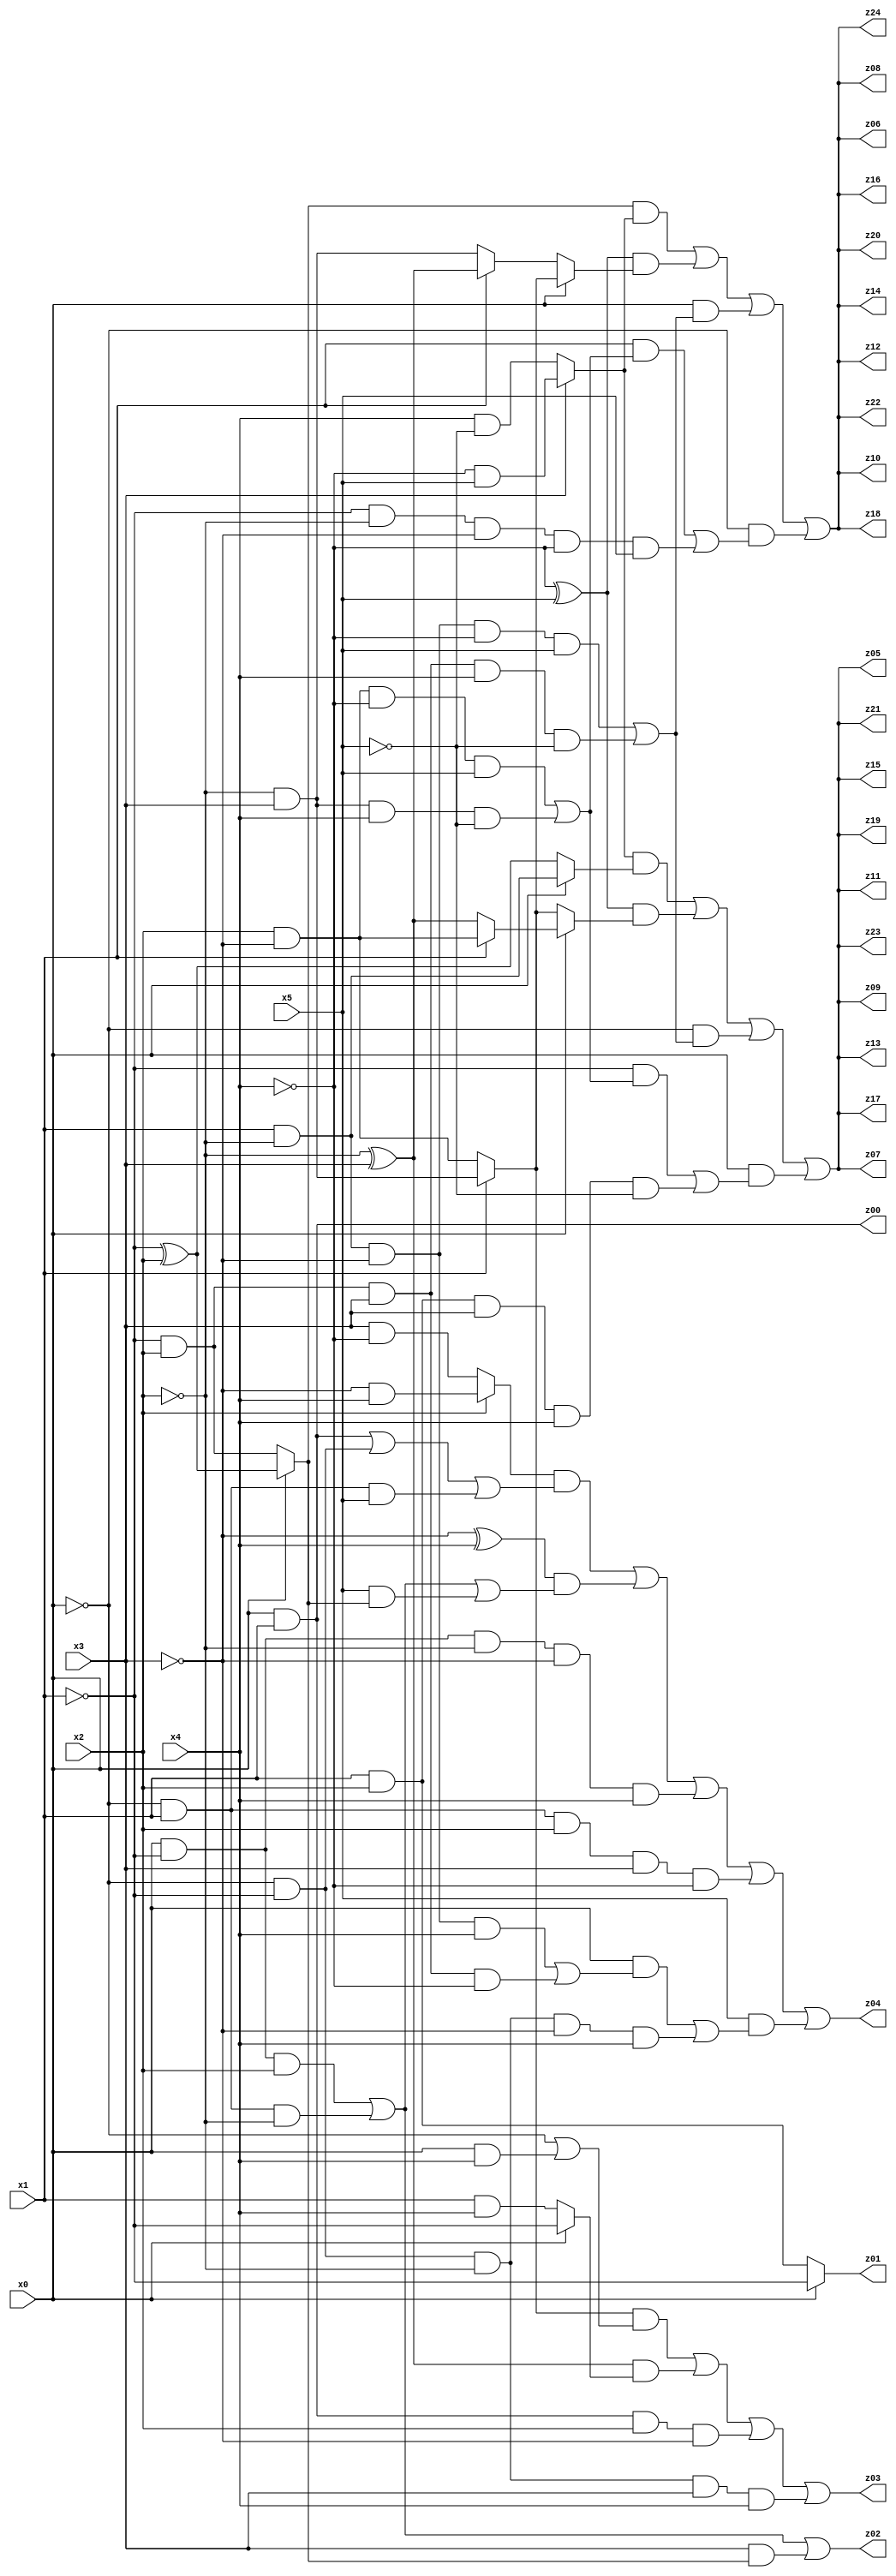
// Benchmark "q_4" written by ABC on Thu Jul 06 14:14:41 2023

module q_4 ( 
    x0, x1, x2, x3, x4, x5,
    z00, z01, z02, z03, z04, z05, z06, z07, z08, z09, z10, z11, z12, z13,
    z14, z15, z16, z17, z18, z19, z20, z21, z22, z23, z24  );
  input  x0, x1, x2, x3, x4, x5;
  output z00, z01, z02, z03, z04, z05, z06, z07, z08, z09, z10, z11, z12, z13,
    z14, z15, z16, z17, z18, z19, z20, z21, z22, z23, z24;
  assign z00 = x0 & x1;
  assign z01 = x0 ? ~x1 : (x1 & x2);
  assign z02 = (x0 & ~x1 & x2) | (~x0 & x1 & ~x2) | (x3 & (x0 ? (~x1 ^ x2) : (~x1 & x2)));
  assign z03 = ((x1 ? (~x2 & x3) : (x2 & ~x3)) & (~x0 | (x0 & x4))) | ((~x2 ^ x3) & (x0 ? ~x1 : (x1 & x4))) | (x0 & x1 & x2 & ~x3) | (~x0 & ~x1 & ~x2 & x3 & x4);
  assign z04 = ((x2 ? (~x3 & x4) : (x3 & ~x4)) & ((x0 & x1) | (~x0 & ~x1) | (~x0 & x1 & x5))) | ((~x3 ^ x4) & ((x0 & ~x1 & x2) | (~x0 & x1 & ~x2) | (x5 & (x0 ? (~x1 ^ x2) : (~x1 & x2))))) | (x0 & ~x1 & ~x2 & ~x3 & x4) | (~x0 & x1 & x2 & x3 & ~x4) | (x5 & ((x0 & ((x1 & ~x2 & ~x3 & x4) | (~x1 & x2 & x3 & ~x4))) | (~x0 & ~x1 & ~x2 & ~x3 & x4)));
  assign z05 = ((x3 ? (~x4 & x5) : (x4 & ~x5)) & (x0 ? (x1 & ~x2) : (~x1 ^ x2))) | ((~x4 ^ x5) & (x0 ? (x1 ? (x2 & ~x3) : (~x2 ^ x3)) : (x1 ? (~x2 & x3) : (x2 & ~x3)))) | (~x0 & ((x1 & ~x2 & ~x3 & ~x4 & x5) | (~x1 & x2 & x3 & x4 & ~x5))) | (x0 & ((~x1 & ((x2 & ~x3 & ~x4 & x5) | (~x2 & x3 & x4 & ~x5))) | (x1 & x2 & x3 & x4 & ~x5)));
  assign z06 = ((x0 ? (~x1 ^ x2) : (~x1 & x2)) & (x3 ? (~x4 & x5) : (x4 & ~x5))) | ((~x4 ^ x5) & (x0 ? (x1 ? (~x2 & x3) : (x2 & ~x3)) : (x1 ? (~x2 ^ x3) : (~x2 & x3)))) | (x0 & ((x1 & ~x2 & ~x3 & ~x4 & x5) | (~x1 & x2 & x3 & x4 & ~x5))) | (~x0 & ((x1 & ((x2 & ~x3 & ~x4 & x5) | (~x2 & x3 & x4 & ~x5))) | (~x1 & ~x2 & ~x3 & ~x4 & x5)));
  assign z07 = ((x3 ? (~x4 & x5) : (x4 & ~x5)) & (x0 ? (x1 & ~x2) : (~x1 ^ x2))) | ((~x4 ^ x5) & (x0 ? (x1 ? (x2 & ~x3) : (~x2 ^ x3)) : (x1 ? (~x2 & x3) : (x2 & ~x3)))) | (~x0 & ((x1 & ~x2 & ~x3 & ~x4 & x5) | (~x1 & x2 & x3 & x4 & ~x5))) | (x0 & ((~x1 & ((x2 & ~x3 & ~x4 & x5) | (~x2 & x3 & x4 & ~x5))) | (x1 & x2 & x3 & x4 & ~x5)));
  assign z08 = ((x0 ? (~x1 ^ x2) : (~x1 & x2)) & (x3 ? (~x4 & x5) : (x4 & ~x5))) | ((~x4 ^ x5) & (x0 ? (x1 ? (~x2 & x3) : (x2 & ~x3)) : (x1 ? (~x2 ^ x3) : (~x2 & x3)))) | (x0 & ((x1 & ~x2 & ~x3 & ~x4 & x5) | (~x1 & x2 & x3 & x4 & ~x5))) | (~x0 & ((x1 & ((x2 & ~x3 & ~x4 & x5) | (~x2 & x3 & x4 & ~x5))) | (~x1 & ~x2 & ~x3 & ~x4 & x5)));
  assign z09 = ((x3 ? (~x4 & x5) : (x4 & ~x5)) & (x0 ? (x1 & ~x2) : (~x1 ^ x2))) | ((~x4 ^ x5) & (x0 ? (x1 ? (x2 & ~x3) : (~x2 ^ x3)) : (x1 ? (~x2 & x3) : (x2 & ~x3)))) | (~x0 & ((x1 & ~x2 & ~x3 & ~x4 & x5) | (~x1 & x2 & x3 & x4 & ~x5))) | (x0 & ((~x1 & ((x2 & ~x3 & ~x4 & x5) | (~x2 & x3 & x4 & ~x5))) | (x1 & x2 & x3 & x4 & ~x5)));
  assign z10 = ((x0 ? (~x1 ^ x2) : (~x1 & x2)) & (x3 ? (~x4 & x5) : (x4 & ~x5))) | ((~x4 ^ x5) & (x0 ? (x1 ? (~x2 & x3) : (x2 & ~x3)) : (x1 ? (~x2 ^ x3) : (~x2 & x3)))) | (x0 & ((x1 & ~x2 & ~x3 & ~x4 & x5) | (~x1 & x2 & x3 & x4 & ~x5))) | (~x0 & ((x1 & ((x2 & ~x3 & ~x4 & x5) | (~x2 & x3 & x4 & ~x5))) | (~x1 & ~x2 & ~x3 & ~x4 & x5)));
  assign z11 = ((x3 ? (~x4 & x5) : (x4 & ~x5)) & (x0 ? (x1 & ~x2) : (~x1 ^ x2))) | ((~x4 ^ x5) & (x0 ? (x1 ? (x2 & ~x3) : (~x2 ^ x3)) : (x1 ? (~x2 & x3) : (x2 & ~x3)))) | (~x0 & ((x1 & ~x2 & ~x3 & ~x4 & x5) | (~x1 & x2 & x3 & x4 & ~x5))) | (x0 & ((~x1 & ((x2 & ~x3 & ~x4 & x5) | (~x2 & x3 & x4 & ~x5))) | (x1 & x2 & x3 & x4 & ~x5)));
  assign z12 = ((x0 ? (~x1 ^ x2) : (~x1 & x2)) & (x3 ? (~x4 & x5) : (x4 & ~x5))) | ((~x4 ^ x5) & (x0 ? (x1 ? (~x2 & x3) : (x2 & ~x3)) : (x1 ? (~x2 ^ x3) : (~x2 & x3)))) | (x0 & ((x1 & ~x2 & ~x3 & ~x4 & x5) | (~x1 & x2 & x3 & x4 & ~x5))) | (~x0 & ((x1 & ((x2 & ~x3 & ~x4 & x5) | (~x2 & x3 & x4 & ~x5))) | (~x1 & ~x2 & ~x3 & ~x4 & x5)));
  assign z13 = ((x3 ? (~x4 & x5) : (x4 & ~x5)) & (x0 ? (x1 & ~x2) : (~x1 ^ x2))) | ((~x4 ^ x5) & (x0 ? (x1 ? (x2 & ~x3) : (~x2 ^ x3)) : (x1 ? (~x2 & x3) : (x2 & ~x3)))) | (~x0 & ((x1 & ~x2 & ~x3 & ~x4 & x5) | (~x1 & x2 & x3 & x4 & ~x5))) | (x0 & ((~x1 & ((x2 & ~x3 & ~x4 & x5) | (~x2 & x3 & x4 & ~x5))) | (x1 & x2 & x3 & x4 & ~x5)));
  assign z14 = ((x0 ? (~x1 ^ x2) : (~x1 & x2)) & (x3 ? (~x4 & x5) : (x4 & ~x5))) | ((~x4 ^ x5) & (x0 ? (x1 ? (~x2 & x3) : (x2 & ~x3)) : (x1 ? (~x2 ^ x3) : (~x2 & x3)))) | (x0 & ((x1 & ~x2 & ~x3 & ~x4 & x5) | (~x1 & x2 & x3 & x4 & ~x5))) | (~x0 & ((x1 & ((x2 & ~x3 & ~x4 & x5) | (~x2 & x3 & x4 & ~x5))) | (~x1 & ~x2 & ~x3 & ~x4 & x5)));
  assign z15 = ((x3 ? (~x4 & x5) : (x4 & ~x5)) & (x0 ? (x1 & ~x2) : (~x1 ^ x2))) | ((~x4 ^ x5) & (x0 ? (x1 ? (x2 & ~x3) : (~x2 ^ x3)) : (x1 ? (~x2 & x3) : (x2 & ~x3)))) | (~x0 & ((x1 & ~x2 & ~x3 & ~x4 & x5) | (~x1 & x2 & x3 & x4 & ~x5))) | (x0 & ((~x1 & ((x2 & ~x3 & ~x4 & x5) | (~x2 & x3 & x4 & ~x5))) | (x1 & x2 & x3 & x4 & ~x5)));
  assign z16 = ((x0 ? (~x1 ^ x2) : (~x1 & x2)) & (x3 ? (~x4 & x5) : (x4 & ~x5))) | ((~x4 ^ x5) & (x0 ? (x1 ? (~x2 & x3) : (x2 & ~x3)) : (x1 ? (~x2 ^ x3) : (~x2 & x3)))) | (x0 & ((x1 & ~x2 & ~x3 & ~x4 & x5) | (~x1 & x2 & x3 & x4 & ~x5))) | (~x0 & ((x1 & ((x2 & ~x3 & ~x4 & x5) | (~x2 & x3 & x4 & ~x5))) | (~x1 & ~x2 & ~x3 & ~x4 & x5)));
  assign z17 = ((x3 ? (~x4 & x5) : (x4 & ~x5)) & (x0 ? (x1 & ~x2) : (~x1 ^ x2))) | ((~x4 ^ x5) & (x0 ? (x1 ? (x2 & ~x3) : (~x2 ^ x3)) : (x1 ? (~x2 & x3) : (x2 & ~x3)))) | (~x0 & ((x1 & ~x2 & ~x3 & ~x4 & x5) | (~x1 & x2 & x3 & x4 & ~x5))) | (x0 & ((~x1 & ((x2 & ~x3 & ~x4 & x5) | (~x2 & x3 & x4 & ~x5))) | (x1 & x2 & x3 & x4 & ~x5)));
  assign z18 = ((x0 ? (~x1 ^ x2) : (~x1 & x2)) & (x3 ? (~x4 & x5) : (x4 & ~x5))) | ((~x4 ^ x5) & (x0 ? (x1 ? (~x2 & x3) : (x2 & ~x3)) : (x1 ? (~x2 ^ x3) : (~x2 & x3)))) | (x0 & ((x1 & ~x2 & ~x3 & ~x4 & x5) | (~x1 & x2 & x3 & x4 & ~x5))) | (~x0 & ((x1 & ((x2 & ~x3 & ~x4 & x5) | (~x2 & x3 & x4 & ~x5))) | (~x1 & ~x2 & ~x3 & ~x4 & x5)));
  assign z19 = ((x3 ? (~x4 & x5) : (x4 & ~x5)) & (x0 ? (x1 & ~x2) : (~x1 ^ x2))) | ((~x4 ^ x5) & (x0 ? (x1 ? (x2 & ~x3) : (~x2 ^ x3)) : (x1 ? (~x2 & x3) : (x2 & ~x3)))) | (~x0 & ((x1 & ~x2 & ~x3 & ~x4 & x5) | (~x1 & x2 & x3 & x4 & ~x5))) | (x0 & ((~x1 & ((x2 & ~x3 & ~x4 & x5) | (~x2 & x3 & x4 & ~x5))) | (x1 & x2 & x3 & x4 & ~x5)));
  assign z20 = ((x0 ? (~x1 ^ x2) : (~x1 & x2)) & (x3 ? (~x4 & x5) : (x4 & ~x5))) | ((~x4 ^ x5) & (x0 ? (x1 ? (~x2 & x3) : (x2 & ~x3)) : (x1 ? (~x2 ^ x3) : (~x2 & x3)))) | (x0 & ((x1 & ~x2 & ~x3 & ~x4 & x5) | (~x1 & x2 & x3 & x4 & ~x5))) | (~x0 & ((x1 & ((x2 & ~x3 & ~x4 & x5) | (~x2 & x3 & x4 & ~x5))) | (~x1 & ~x2 & ~x3 & ~x4 & x5)));
  assign z21 = ((x3 ? (~x4 & x5) : (x4 & ~x5)) & (x0 ? (x1 & ~x2) : (~x1 ^ x2))) | ((~x4 ^ x5) & (x0 ? (x1 ? (x2 & ~x3) : (~x2 ^ x3)) : (x1 ? (~x2 & x3) : (x2 & ~x3)))) | (~x0 & ((x1 & ~x2 & ~x3 & ~x4 & x5) | (~x1 & x2 & x3 & x4 & ~x5))) | (x0 & ((~x1 & ((x2 & ~x3 & ~x4 & x5) | (~x2 & x3 & x4 & ~x5))) | (x1 & x2 & x3 & x4 & ~x5)));
  assign z22 = ((x0 ? (~x1 ^ x2) : (~x1 & x2)) & (x3 ? (~x4 & x5) : (x4 & ~x5))) | ((~x4 ^ x5) & (x0 ? (x1 ? (~x2 & x3) : (x2 & ~x3)) : (x1 ? (~x2 ^ x3) : (~x2 & x3)))) | (x0 & ((x1 & ~x2 & ~x3 & ~x4 & x5) | (~x1 & x2 & x3 & x4 & ~x5))) | (~x0 & ((x1 & ((x2 & ~x3 & ~x4 & x5) | (~x2 & x3 & x4 & ~x5))) | (~x1 & ~x2 & ~x3 & ~x4 & x5)));
  assign z23 = ((x3 ? (~x4 & x5) : (x4 & ~x5)) & (x0 ? (x1 & ~x2) : (~x1 ^ x2))) | ((~x4 ^ x5) & (x0 ? (x1 ? (x2 & ~x3) : (~x2 ^ x3)) : (x1 ? (~x2 & x3) : (x2 & ~x3)))) | (~x0 & ((x1 & ~x2 & ~x3 & ~x4 & x5) | (~x1 & x2 & x3 & x4 & ~x5))) | (x0 & ((~x1 & ((x2 & ~x3 & ~x4 & x5) | (~x2 & x3 & x4 & ~x5))) | (x1 & x2 & x3 & x4 & ~x5)));
  assign z24 = ((x0 ? (~x1 ^ x2) : (~x1 & x2)) & (x3 ? (~x4 & x5) : (x4 & ~x5))) | ((~x4 ^ x5) & (x0 ? (x1 ? (~x2 & x3) : (x2 & ~x3)) : (x1 ? (~x2 ^ x3) : (~x2 & x3)))) | (x0 & ((x1 & ~x2 & ~x3 & ~x4 & x5) | (~x1 & x2 & x3 & x4 & ~x5))) | (~x0 & ((x1 & ((x2 & ~x3 & ~x4 & x5) | (~x2 & x3 & x4 & ~x5))) | (~x1 & ~x2 & ~x3 & ~x4 & x5)));
endmodule